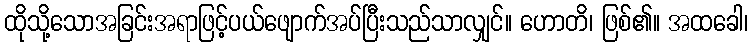
ထိုသို့သောအခြင်းအရာဖြင့်ပယ်ဖျောက်အပ်ပြီးသည်သာလျှင်။ ဟောတိ၊ ဖြစ်၏။ အထခေါ၊